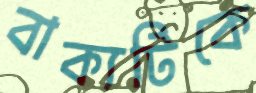
বাক্যটিকে